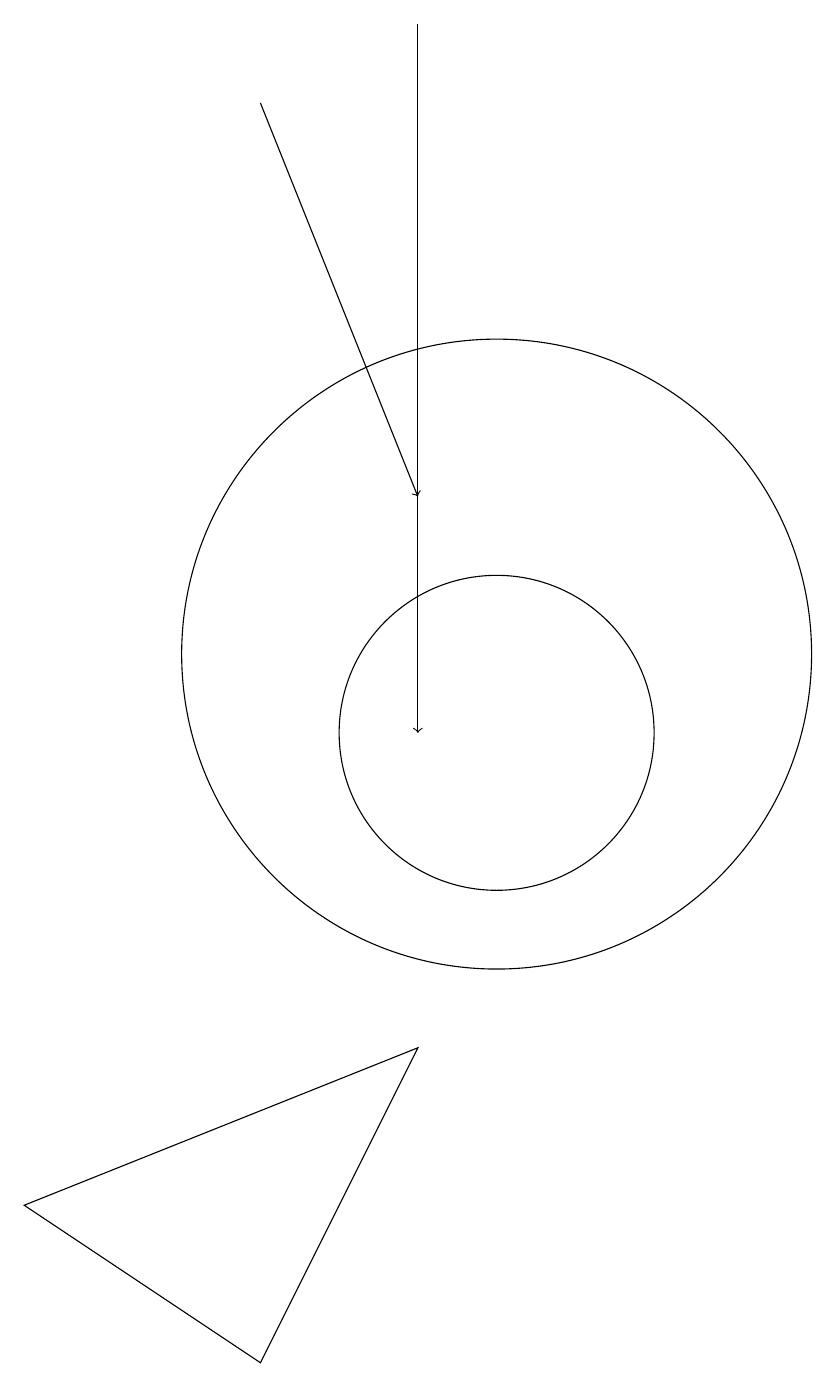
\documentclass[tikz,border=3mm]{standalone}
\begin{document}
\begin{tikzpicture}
\draw (10,11) circle (4);
\draw (9,6) -- (4,4) -- (7,2) -- cycle;
\draw[->] (9,19) -- (9,10);
\draw (10,10) circle (2);
\draw[->] (7,18) -- (9,13);
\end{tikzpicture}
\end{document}